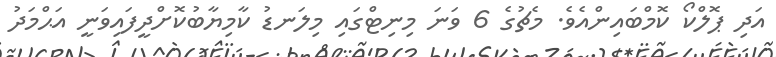
އަދި ޕޮލްކޯ ކޮމްބައިންއެވެ. މެޗުގެ 6 ވަނަ މިނިޓްގައި މިލަނޑު ކާމިޔާބުކޮށްދީފައިވަނީ އަޙްމަދު